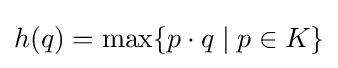
h(q)=\max\{p\cdot q\mid p\in K\}